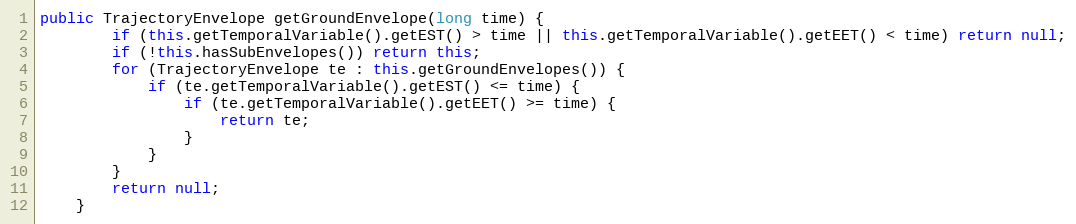
Language: Java
public TrajectoryEnvelope getGroundEnvelope(long time) {
		if (this.getTemporalVariable().getEST() > time || this.getTemporalVariable().getEET() < time) return null;
		if (!this.hasSubEnvelopes()) return this;
		for (TrajectoryEnvelope te : this.getGroundEnvelopes()) {
			if (te.getTemporalVariable().getEST() <= time) {
				if (te.getTemporalVariable().getEET() >= time) {
					return te;
				}
			}
		}
		return null;
	}